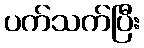
ပက်သက်ပြီး